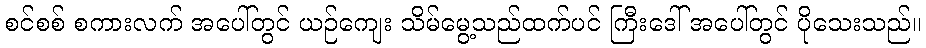
စင်စစ် စကားလက် အပေါ်တွင် ယဉ်ကျေး သိမ်မွေ့သည်ထက်ပင် ကြီးဒေါ် အပေါ်တွင် ပိုသေးသည်။